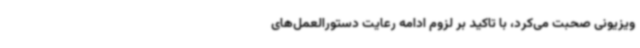
ویزیونی صحبت می‌کرد، با تاکید بر لزوم ادامه رعایت دستورالعمل‌های